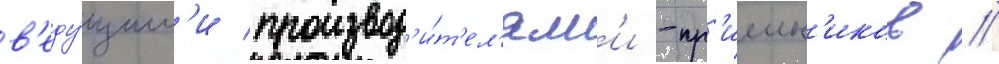
в'еду́щим'и производ'и́т'ел'ям'и -пр'иемн'иков //